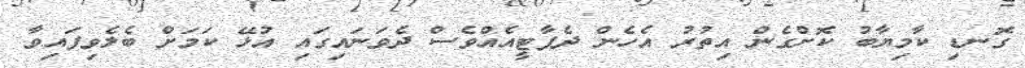
ގޮނޑި ކާމިޔާބު ކޮށްގެން އިތުރު އެހެން ދެޕާޓީއެއްވެސް ދެވަނައިގައި އުޅޭ ކަމަށް ބެލެވިފައިވާ